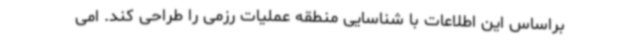
براساس این اطلاعات با شناسایی منطقه عملیات رزمی را طراحی کند. امی